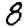
Digit: 8